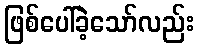
ဖြစ်ပေါ်ခဲ့သော်လည်း